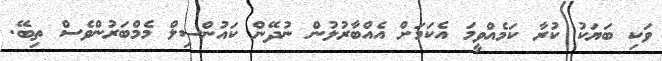
ވަކި ބަޔަކު ކުރާ ކަމެއްވީމަ އެކަމަށް އެއްބާރުލުން ނުދޭން ކައުންސިލް މެމްބަރުންވެސް ތިބޭ.